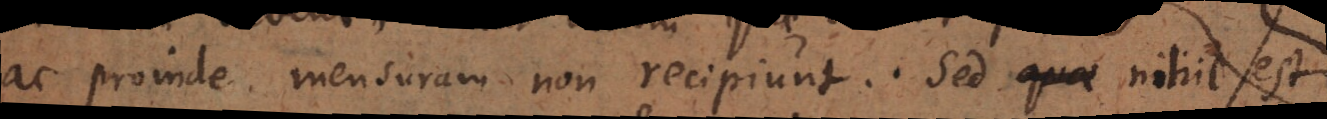
ac proinde mensuram non recipiunt. Sed quae nihil est